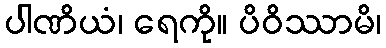
ပါဏိယံ၊ ရေကို။ ပိဝိဿာမိ၊